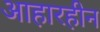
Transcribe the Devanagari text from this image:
आहारहीन